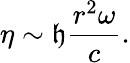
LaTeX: \eta\sim\mathfrak{h}\frac{{r^{2}\omega}}{{c}}.